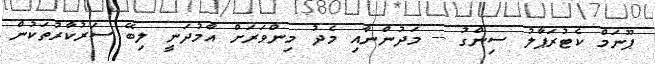
ޕޫނަމް ކެޓުރަޕާލު ސިންގު -- މަދުންނާއި މެދު މިންވަރަށް އާމުދަނީ ލިބޭ ސަރުކާރުތަކުން